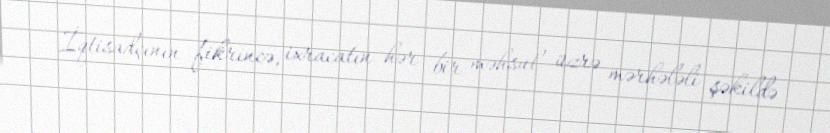
İqtisadçının fikrincə, ixracatın hər bir məhsul üzrə mərhələli şəkildə